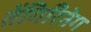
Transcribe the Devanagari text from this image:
तेंगिरितेग